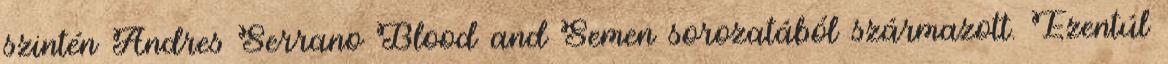
szintén Andres Serrano Blood and Semen sorozatából származott. Ezentúl